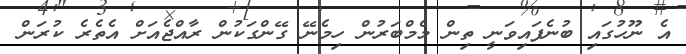
އެ ނޫހުގައި ބުނެފައިވަނީ ތިން މެމްބަރުން ހިމެނޭ ގޭންގަކުން ރާއްޖެއަށް އެތެރެ ކުރަން